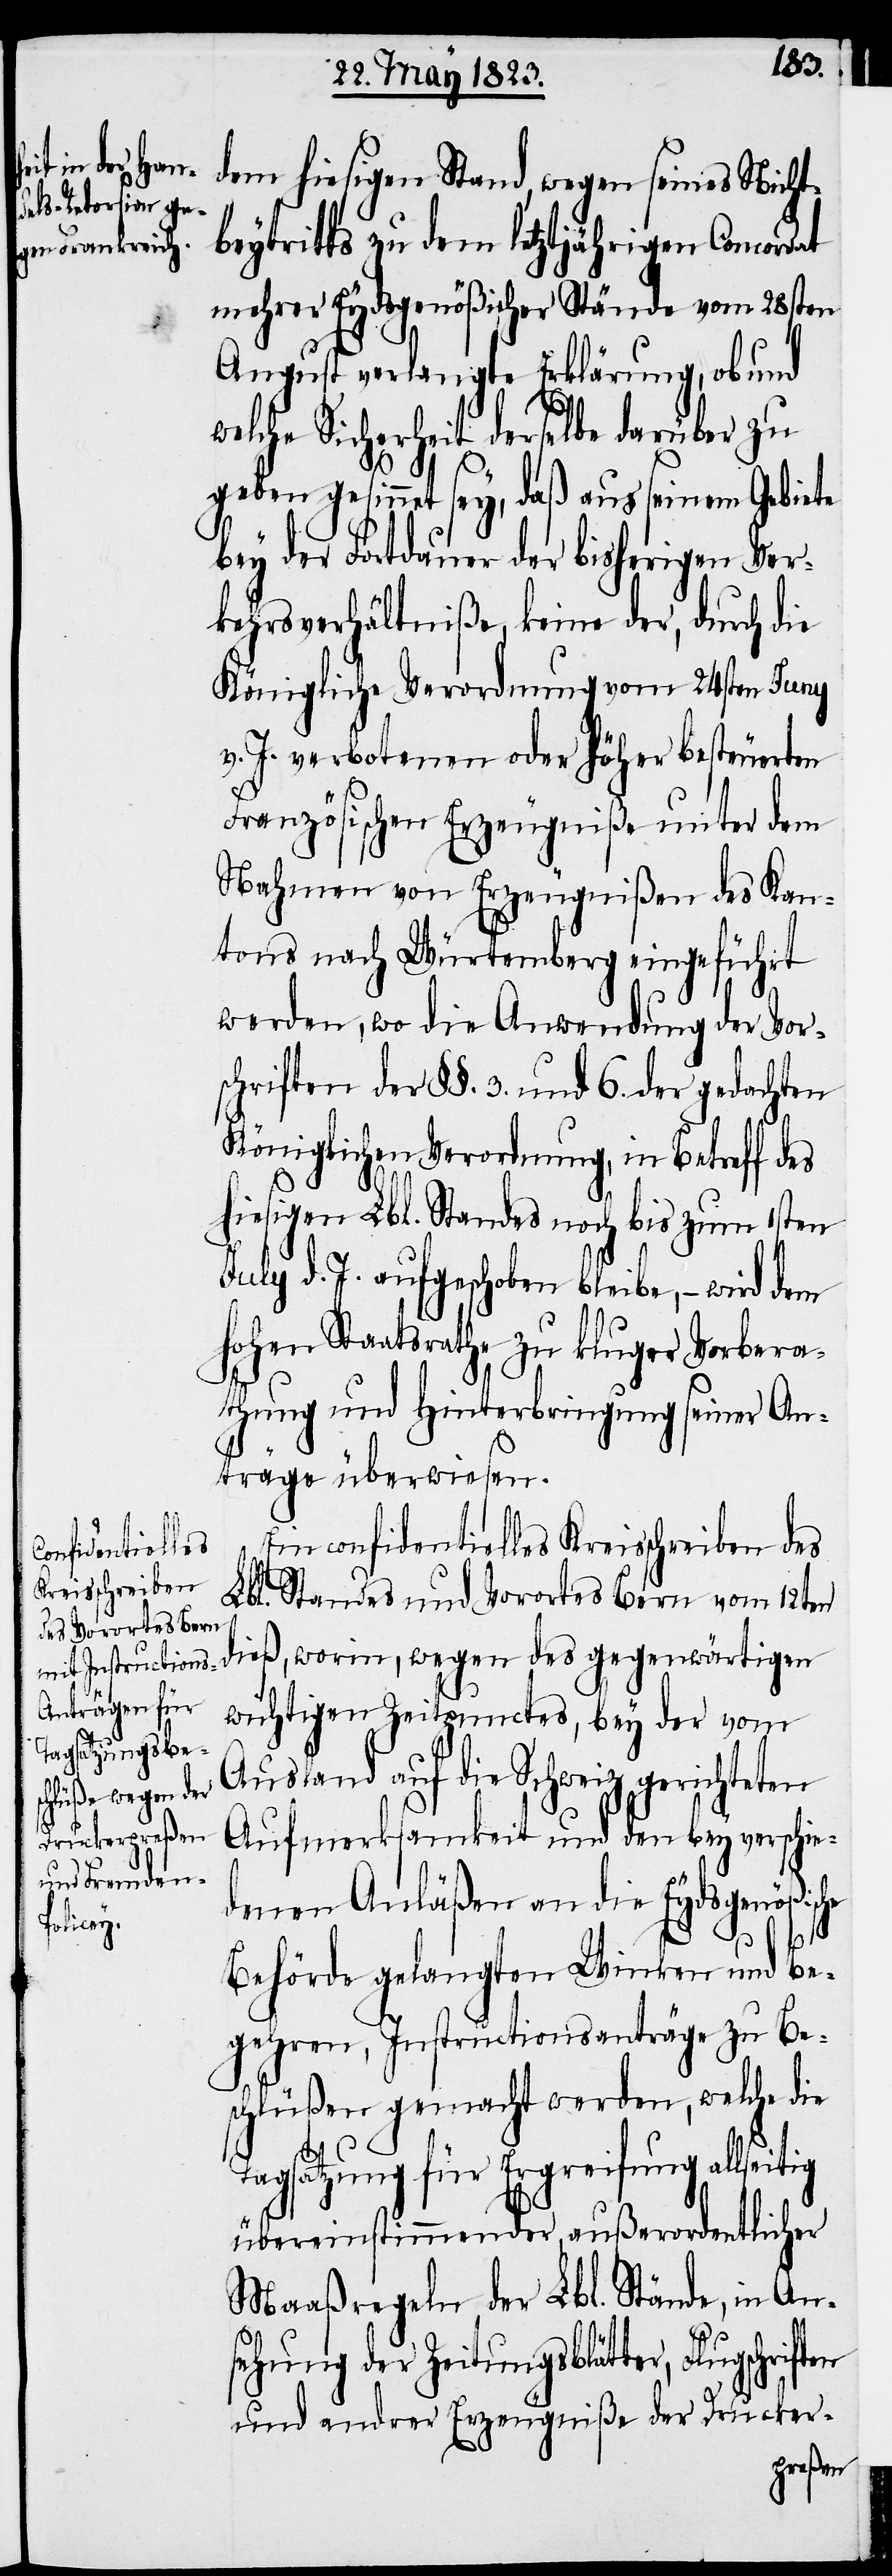
dem hiesigen Stand, wegen seines Nicht¬
beytritts zu dem letztjährigen Concordat
mehrer Eydsgenößischer Stände vom 28sten
August] verlangte Erklärung, ob und
welche Sicherheit derselbe darüber zu
geben gesinnet sey, daß aus seinem Gebiete
bey der Fortdauer der bisherigen Ver¬
kehrsverhältniße, keine der, durch die
Königliche Verordnung vom 24sten Juny
v. J. verbotenen oder höher besteuerten
Französischen Erzeugniße unter dem
Nahmen von Erzeugnißen des Kan¬
tons nach Würtemberg eingeführt
werden, wo die Anwendung der Vor¬
schriften der §§. 3. und 6. der gedachten
Königlichen Verordnung, in Betreff des
hiesigen Lbl. Standes noch bis zum 1sten
d. J. aufgeschoben bleibe, – wird
hohen Staatsrathe zu kluger Vorbera¬
thung und Hinterbringung seiner An¬
träge überwiesen.
Ein confidentielles Kreisschreiben des
Lbl. Standes und Vorortes Bern vom 12ten
wichtigen Zeitpunctes, bey der vom
Ausland auf die Schweiz gerichteten
Aufmerksamkeit und den bey verschie¬
denen Anläßen an die Eydsgenößis¬
Behörde gelangten Winken und Be¬
gehren, Instructionsanträge zu Be¬
schlüßen gemacht werden, welche die
en
Tagsatzung für Ergreifung allseitig
übereinstimmender, außerordentlicher
Maaßregeln der Lbl. Stände, in An¬
sehung der Zeitungsblätter, Flugschrift¬
und andrer Erzeugniße der Drucker-
wegen